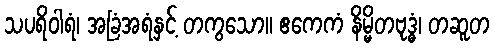
သပရိဝါရံ၊ အခြံအရံနှင့် တကွသော။ ဧကေကံ နိမ္မိတဗုဒ္ဓံ၊ တဆူတ